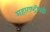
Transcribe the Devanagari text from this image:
महाराष्ट्रीयही